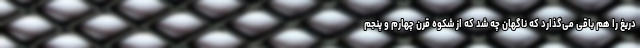
دریغ را هم باقی می‌گذارد که ناگهان چه شد که از شکوه قرن چهارم و پنجم